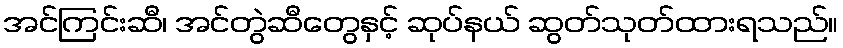
အင်ကြင်းဆီ၊ အင်တွဲဆီတွေနှင့် ဆုပ်နယ် ဆွတ်သုတ်ထားရသည်။